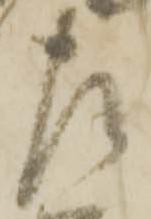
左